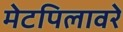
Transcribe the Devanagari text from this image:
मेटपिलावरे